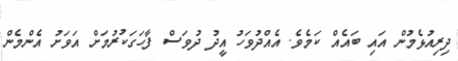
ދިރިއުޅެމުން އައި ބައެއް ކަމެވެ. އެއްދުވަހު އީދު ދުވަސް ފާހަގަކުރުމަށް އަވަށު އެންމެން